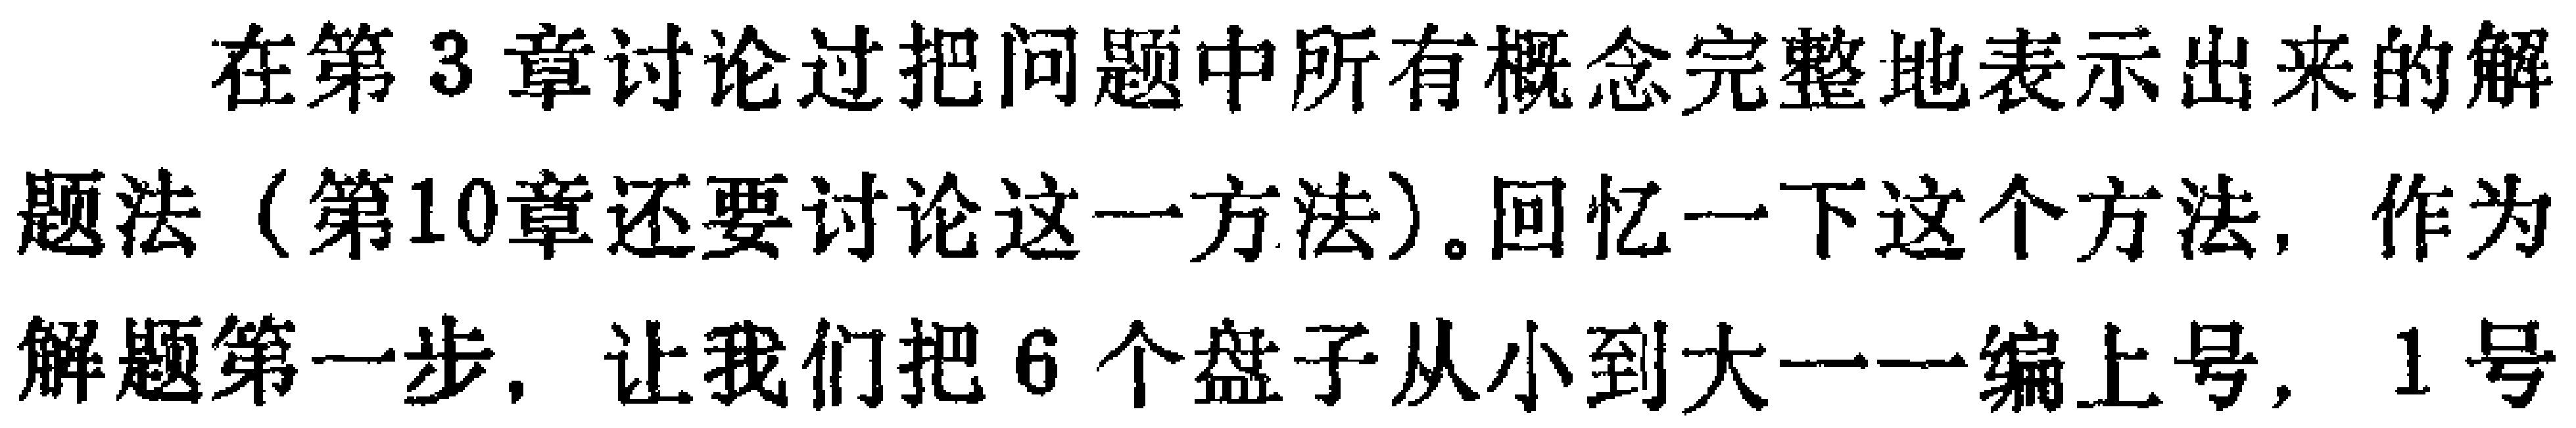
在第3章讨论过把问题中所有概念完整地表示出来的解题法（第10章还要讨论这一方法）。回忆一下这个方法，作为解题第一步，让我们把6个盘子从小到大一一编上号，1号